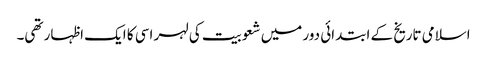
اسلامی تاریخ کے ابتدائی دور میں شعوبیت کی لہر اسی کا ایک اظہار تھی۔